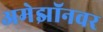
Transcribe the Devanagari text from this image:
अमेझॉनवर